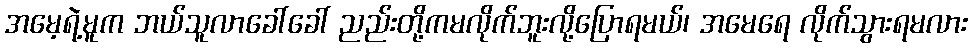
အမေ့ရဲ့မူက ဘယ်သူလာခေါ်ခေါ် ညည်းတို့ကမလိုက်ဘူးလို့ပြောရမယ်၊ အမေရေ လိုက်သွားရမလား